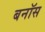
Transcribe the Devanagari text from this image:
बनॉस